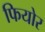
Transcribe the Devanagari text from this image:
फियोर